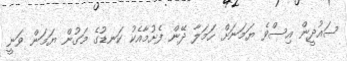
ސައުދީން އިސްވެ ޔަމަނަށް ހަމަލާ ދޭން ފެށުމާއެކު ކަނޑުގެ މަގުން ޔަމަން ވަނީ